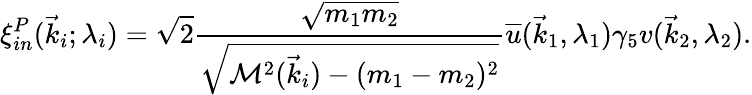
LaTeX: \xi_{in}^{P}(\vec{k}_{i};\lambda_{i})=\sqrt{2}{\frac{\sqrt{m_{1}m_{2}}}{\sqrt{{\cal M}^{2}(\vec{k}_{i})-(m_{1}-m_{2})^{2}}}}{\overline{{u}}}(\vec{k}_{1},\lambda_{1})\gamma_{5}v(\vec{k}_{2},\lambda_{2}).